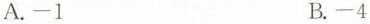
A. -1 B. -4